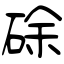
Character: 硢